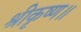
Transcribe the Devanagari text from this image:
श्रीकृष्ण॥